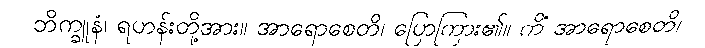
ဘိက္ခူနံ၊ ရဟန်းတို့အား။ အာရောစေတိ၊ ပြောကြား၏။ ကိံ အာရောစေတိ၊